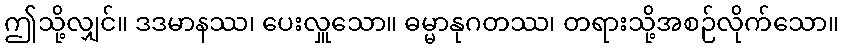
ဤသို့လျှင်။ ဒဒမာနဿ၊ ပေးလှူသော။ ဓမ္မာနုဂတဿ၊ တရားသို့အစဉ်လိုက်သော။